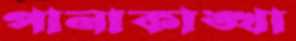
পানাকাঙ্খা